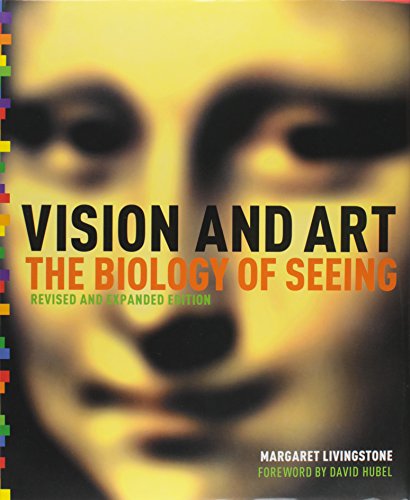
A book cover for Vision and Art (Updated and Expanded Edition); Margaret S. Livingstone; Engineering & Transportation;